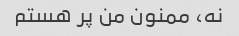
نه، ممنون من پر هستم